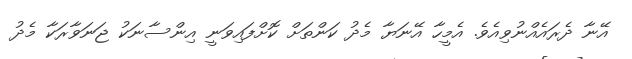
އޭނާ ދެރައެއްނުވިއެވެ. އެމީހާ އޭނަޔާ މެދު ކަންތަށް ކޮށްފައިވަނީ އިންސާނަކު ޖަނަވާރަކާ މެދު